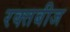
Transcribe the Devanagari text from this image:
रक्‍तबीज